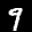
Label: 9